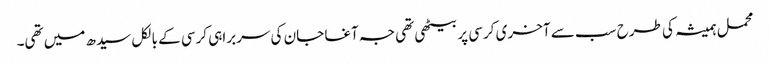
محمل ہمیشہ کی طرح سب سے آخری کرسی پر بیٹھی تھی جہ آغا جان کی سربراہی کرسی کے بالکل سیدھ میں تھی۔